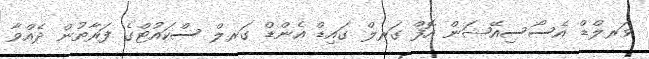
ވަރލްޑް އެސޯސިއޭޝަން އޮފް ގަރލް ގައިޑް އެންޑް ގަރލް ސްކައުޓްގެ ފަރާތުން ދެއްވާ